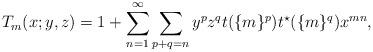
LaTeX: \begin{align*}T_m(x;y,z)=1+\sum_{n=1}^{\infty}\sum_{p+q=n}y^pz^qt(\{m\}^p)t^{\star}(\{m\}^q)x^{mn},\end{align*}